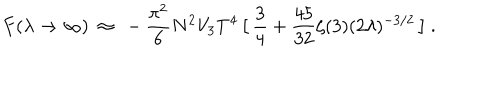
LaTeX: { } F ( \lambda \to \infty ) ~ \approx ~ - \frac { \pi ^ { 2 } } { 6 } N ^ { 2 } V _ { 3 } T ^ { 4 } \, \big [ \, \frac { 3 } { 4 } + \frac { 4 5 } { 3 2 } \zeta ( 3 ) ( 2 \lambda ) ^ { - 3 / 2 } \, \big ] \ .